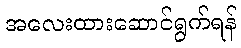
အလေးထားဆောင်ရွက်ရန်